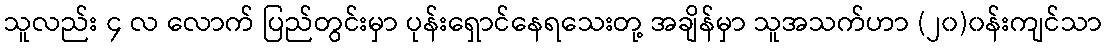
သူလည်း ၄ လ လောက် ပြည်တွင်းမှာ ပုန်းရှောင်နေရသေးတု့ အချိန်မှာ သူအသက်ဟာ (၂၀)၀န်းကျင်သာ